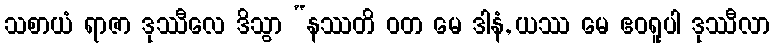
သစာယံ ရာဇာ ဒုဿီလေ ဒိသွာ “နဿတိ ဝတ မေ ဒါနံ, ယဿ မေ ဧဝရူပါ ဒုဿီလာ